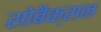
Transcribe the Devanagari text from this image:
सोबैक्सन